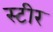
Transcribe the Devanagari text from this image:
स्टीर